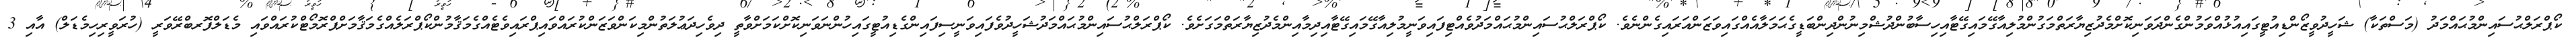
ކޯޕްރަލްޙުސައިންމުޙައްމަދު (މަސްތަކާ) ޝަހީދުވީޒޯންޑިއުޓީގައިއުޅުއްވަމުންގެންދަވަނިކޮށްމެދުޒިޔާރަތްމަގުންމުލިއާގޭމައިގޭޓާއިހިސާބުންދުޝްމިނުންދިންބަޑީގެޙަމަލާއެއްގައިވަޒަންއަރައިގެންނެވެ. ކޯޕްރަލްޙުސައިންމުޙައްމަދުވެއްޓިފައިވަނީމުލިއާގޭމައިގޭޓާއިދިމާއިންމެދުޒިޔާރަތްމަގަށެވެ. ކޯޕްރަލްޙުސައިންމުޙައްމަދުޝަހީދުވެފައިވަނީސިފައިންގެޑިއުޓީގައިހުންނަވަނިކޮށްކަމަށްވާތީ ދިވެހިދަޢުލަތުންމިކަންވަޒަންކުރައްވައިޕްރައިވެޓެއްގެމަޤާމުންކޯޕްރަލެއްގެމަޤާމަށްޕްރޮމޯޓްކުރައްވައި މެޑަލްފޮރބްރޭވަރީ (ހުރަވީރިހިމެޑަލް) އާއި 3